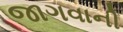
જાગવાની